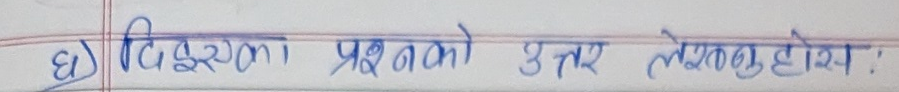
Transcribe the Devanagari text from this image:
घ) दिइएका प्रश्नको उत्तर लेख्नुहोस् ।